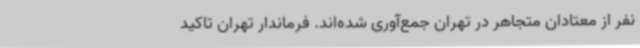
نفر از معتادان متجاهر در تهران جمع‌آوری شده‌اند. فرماندار تهران تاکید